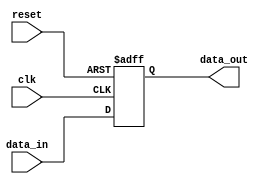
module event_driven_example (
    input wire clk,        // Clock input
    input wire reset,      // Asynchronous reset input
    input wire data_in,    // Data input
    output reg data_out    // Data output
);

    // Initial block to set the initial state
    initial begin
        data_out = 1'b0;   // Initialize data_out to 0
    end

    // Always block sensitive to clock edges and reset
    always @(posedge clk or posedge reset) begin
        if (reset) begin
            data_out <= 1'b0; // Reset data_out to 0
        end else begin
            data_out <= data_in; // Update data_out with data_in
        end
    end

endmodule